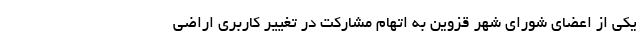
یکی از اعضای شورای شهر قزوین به اتهام مشارکت در تغییر کاربری اراضی